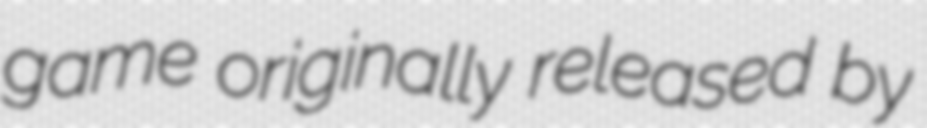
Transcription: game originally released by